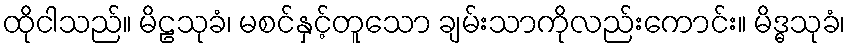
ထိုငါသည်။ မိဠသုခံ၊ မစင်နှင့်တူသော ချမ်းသာကိုလည်းကောင်း။ မိဒ္ဓသုခံ၊